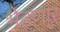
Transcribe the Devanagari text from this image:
भेटणार